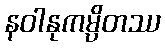
နဝါနုကမ္ပိတဿ